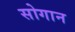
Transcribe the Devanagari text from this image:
सोगान